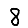
Digit: 8